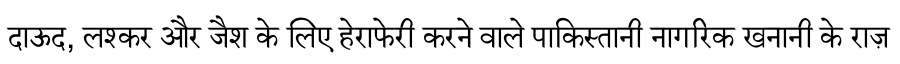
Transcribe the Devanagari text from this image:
दाऊद, लश्कर और जैश के लिए हेराफेरी करने वाले पाकिस्तानी नागरिक खनानी के राज़